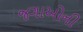
જગાઓની